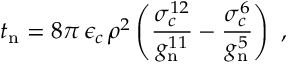
\displaystyle t _ { \mathrm { n } } = \displaystyle 8 \pi \, \epsilon _ { c } \, \rho ^ { 2 } \left( \frac { \sigma _ { c } ^ { 1 2 } } { g _ { \mathrm { n } } ^ { 1 1 } } - \frac { \sigma _ { c } ^ { 6 } } { g _ { \mathrm { n } } ^ { 5 } } \right) ~ ,